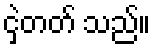
ငှဲ့တတ် သည်။